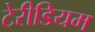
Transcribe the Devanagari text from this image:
टेरीडियम